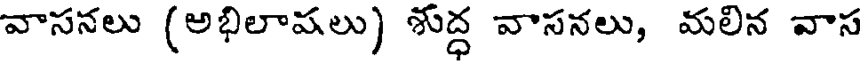
వాసనలు (అభిలాషలు) శుద్ధ వాసనలు, మలిన వాస